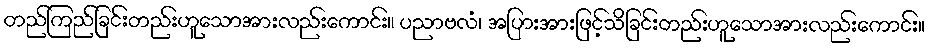
တည်ကြည်ခြင်းတည်းဟူသောအားလည်းကောင်း။ ပညာဗလံ၊ အပြားအားဖြင့်သိခြင်းတည်းဟူသောအားလည်းကောင်း။